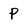
Character: p